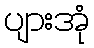
ပျားအုံ